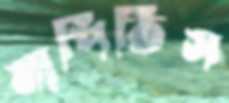
মাপিতিস